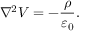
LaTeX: \nabla ^ { 2 } V = - { \frac { \rho } { \varepsilon _ { 0 } } } .